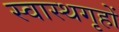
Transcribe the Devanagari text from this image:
स्वास्थगृहों